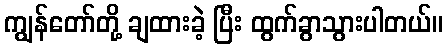
ကျွန်တော်တို့ ချထားခဲ့ ပြီး ထွက်ခွာသွားပါတယ်။